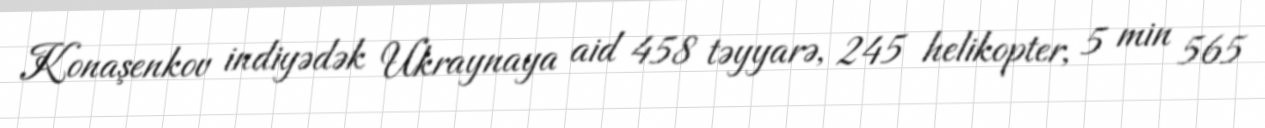
Konaşenkov indiyədək Ukraynaya aid 458 təyyarə, 245 helikopter, 5 min 565